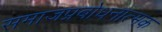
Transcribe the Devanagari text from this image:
समाजप्रबोधनात्मक